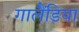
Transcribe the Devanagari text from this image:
गालैंडिया